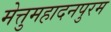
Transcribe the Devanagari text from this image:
मेत्तुमहादनपुरम